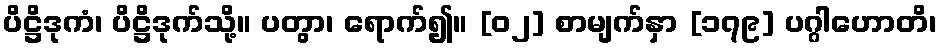
ပိဋ္ဌိဒုကံ၊ ပိဋ္ဌိဒုက်သို့။ ပတွာ၊ ရောက်၍။ [၀၂] စာမျက်နှာ [၁၇၉] ပဂ္ဂါဟောတိ၊